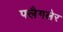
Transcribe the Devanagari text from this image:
फ्लैगलेर